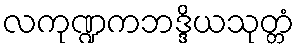
လကုဏ္ဍကဘဒ္ဒိယသုတ္တံ